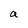
Character: a